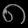
Digit: ၈